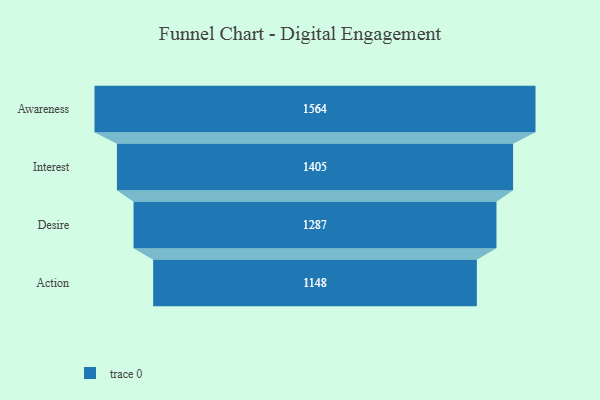
{"axis": {"x": "Stage", "y": "Value"}, "legend": [""], "data": [{"x": "Awareness", "y": 1564.0, "type": ""}, {"x": "Interest", "y": 1405.0, "type": ""}, {"x": "Desire", "y": 1287.0, "type": ""}, {"x": "Action", "y": 1148.0, "type": ""}]}